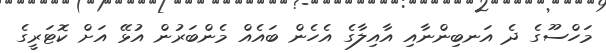
މަހްސޫގެ ދެ އަނބިންނާއި އާއިލާގެ އެހެން ބައެއް މެންބަރުން އުޅޭ އަށް ކޮޓަރީގެ